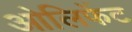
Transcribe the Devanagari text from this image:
ओलिफेंट